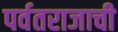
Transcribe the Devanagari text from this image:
पर्वतराजाची